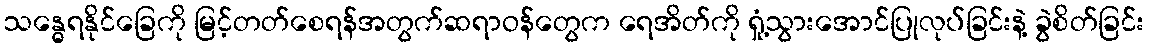
သန္ဓေရနိုင်ခြေကို မြင့်တတ်စေရန်အတွက်ဆရာဝန်တွေက ရေအိတ်ကို ရှုံ့သွားအောင်ပြုလုပ်ခြင်းနဲ့ ခွဲစိတ်ခြင်း